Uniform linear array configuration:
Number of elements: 64
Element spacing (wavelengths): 0.5
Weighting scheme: cosine
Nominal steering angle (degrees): -30
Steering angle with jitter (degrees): -30.814
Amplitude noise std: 0.05
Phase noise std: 0.05

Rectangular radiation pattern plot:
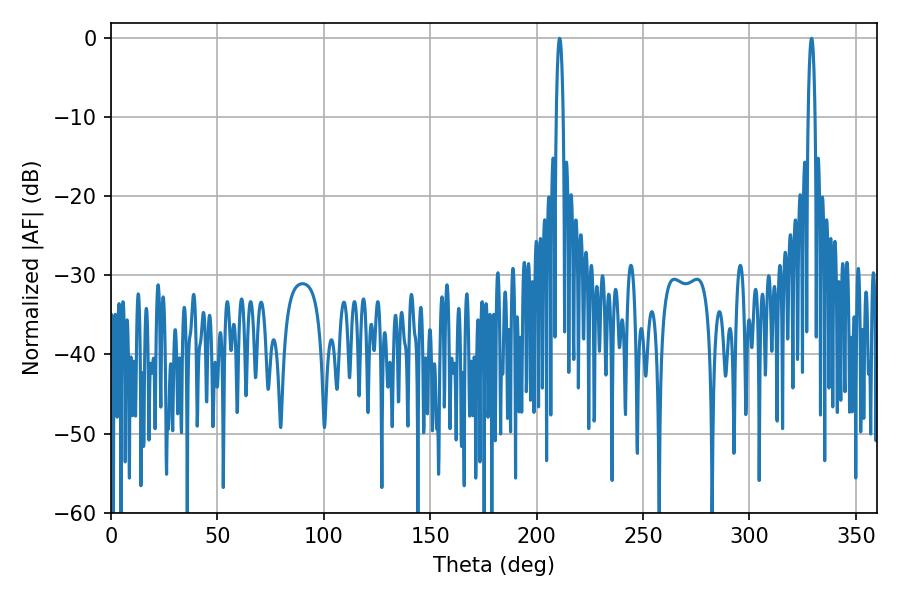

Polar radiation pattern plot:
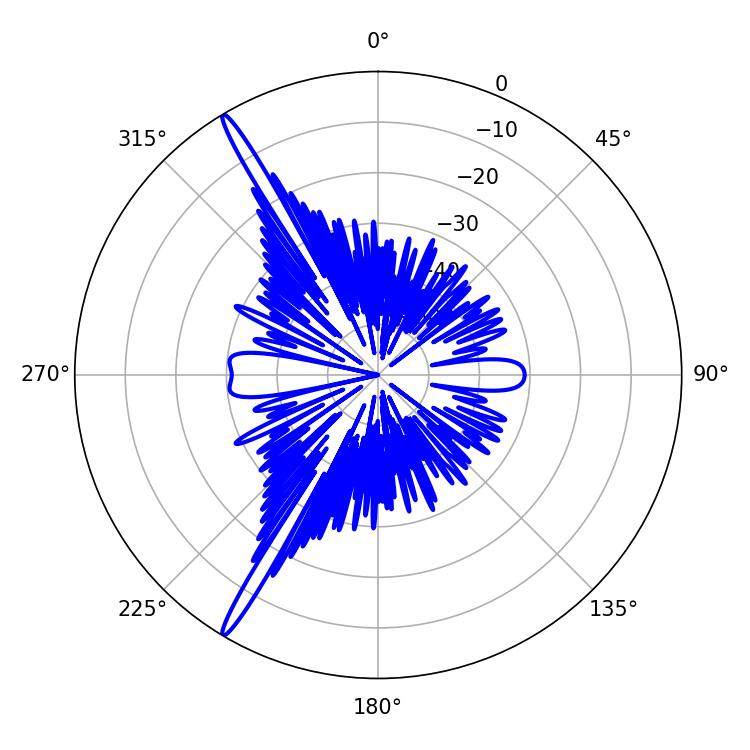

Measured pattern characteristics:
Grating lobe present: FALSE
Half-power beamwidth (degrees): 1.8
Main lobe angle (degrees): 210.78